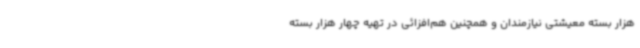
هزار بسته معیشتی نیازمندان و همچنین هم‌افزائی در تهیه چهار هزار بسته